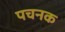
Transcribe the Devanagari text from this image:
पचनक